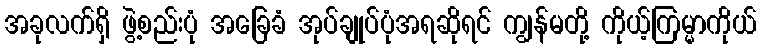
အခုလက်ရှိ ဖွဲ့စည်းပုံ အခြေခံ အုပ်ချုပ်ပုံအရဆိုရင် ကျွန်မတို့ ကိုယ့်ကြမ္မာကိုယ်